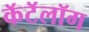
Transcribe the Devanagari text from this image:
कॅटॅलॉग